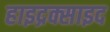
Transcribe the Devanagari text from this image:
हाइद्रक्साइद